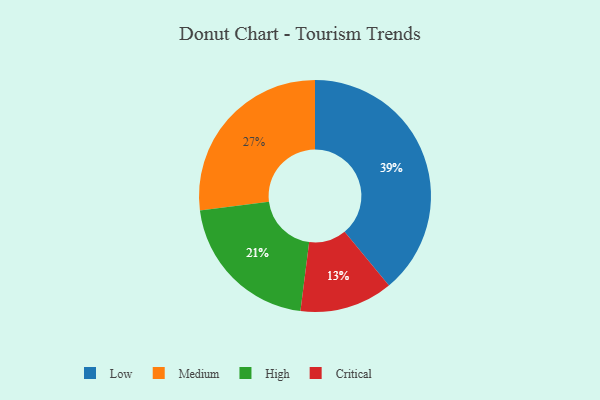
{"axis": {"x": "Category", "y": "Percentage"}, "legend": ["Critical", "High", "Low", "Medium"], "data": [{"x": "Low", "y": 39, "type": "Low"}, {"x": "Critical", "y": 13, "type": "Critical"}, {"x": "Medium", "y": 27, "type": "Medium"}, {"x": "High", "y": 21, "type": "High"}]}